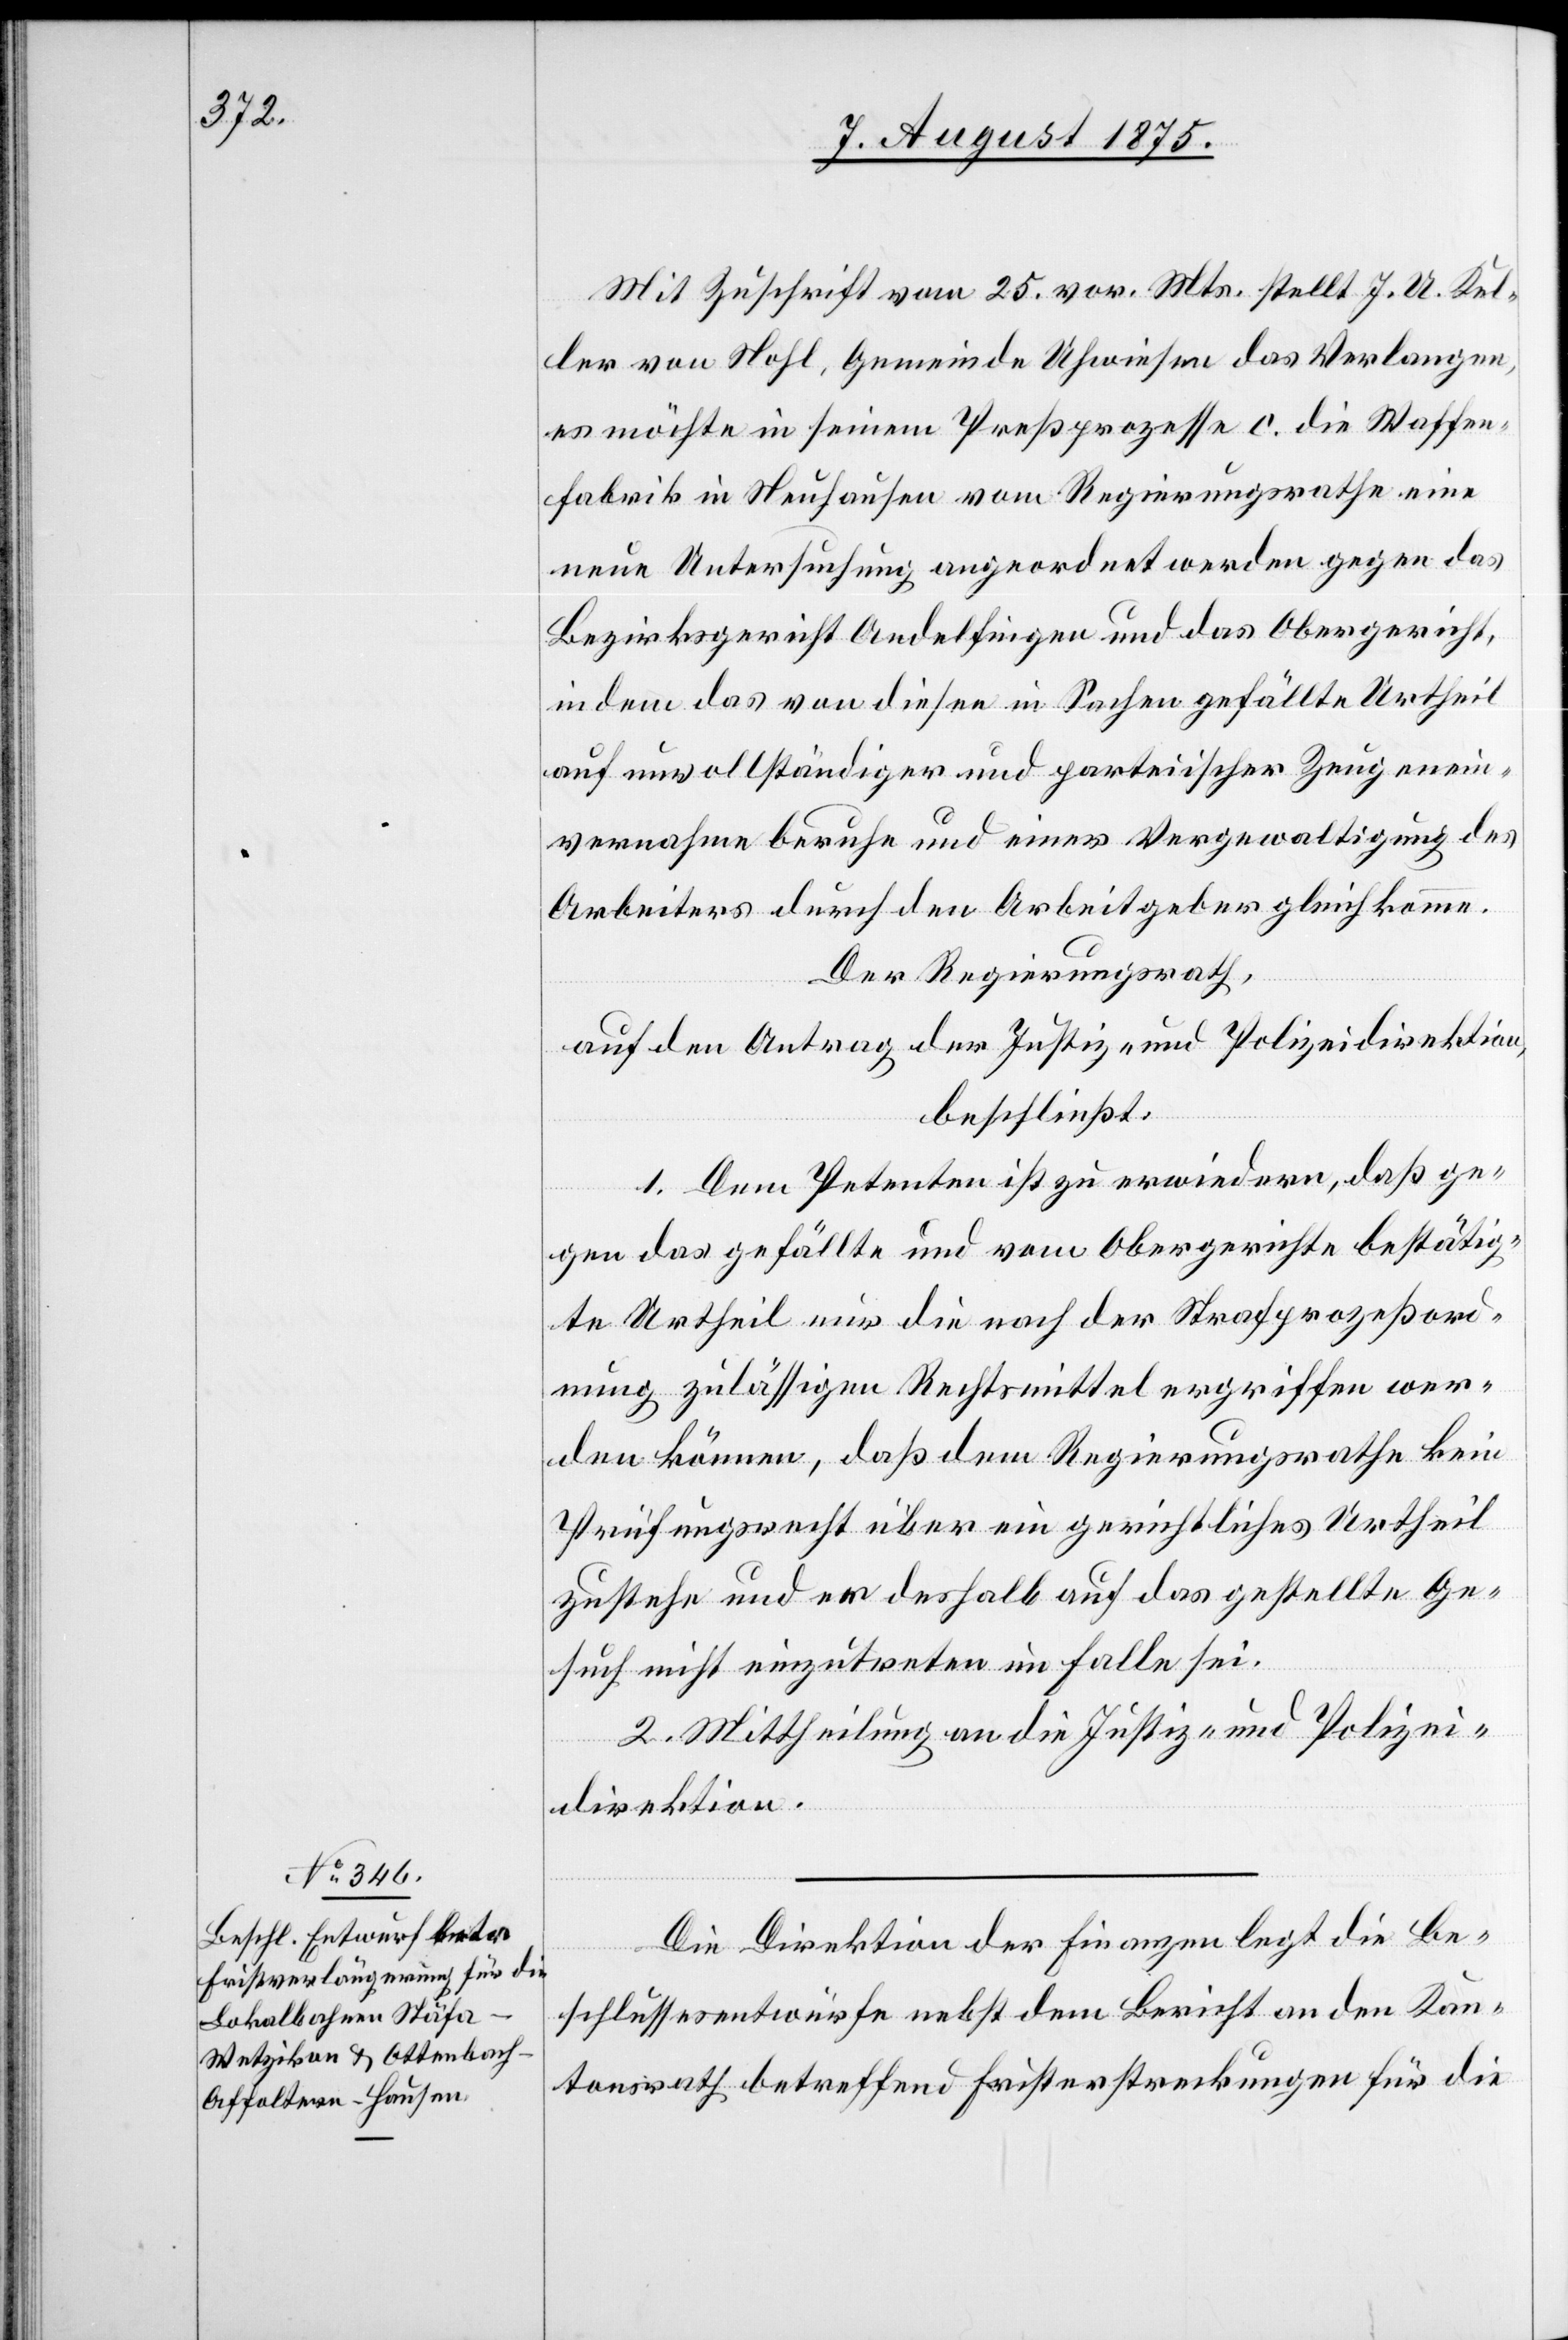
Mit Zuschrift vom 25. vor. Mts. stellt J. U. Kel¬
ler von Hohl, Gemeinde Uhwiesen das Verlangen,
es möchte in seinem Preßprozesse c. die Waffen¬
fabrik in Neuhausen vom Regierungsrathe eine
neue Untersuchung angeordnet werden gegen das
Bezirksgericht Andelfingen und das Obergericht,
in dem das von diesen in Sachen gefällte Urtheil
auf unvollständiger und parteiischer Zeugenein¬
vernahme beruhe und einer Vergewaltigung des
Arbeiters durch den Arbeitgeber gleichkomme.
Der Regierungsrath,
auf den Antrag der Justiz- und Polizeidirektion,
beschließt:
1. Dem Petenten ist zu erwiedern, daß ge¬
gen das gefällte und vom Obergerichte bestätig¬
te Urtheil nur die nach der Strafprozeßord¬
nung zulässigen Rechtsmittel ergriffen wer¬
den können, daß dem Regierungsrathe kein
Prüfungsrecht über ein gerichtliches Urtheil
zustehe und es deshalb auf das gestellte Ge¬
such nicht einzutreten im Falle sei.
2. Mittheilung an die Justiz- und Polizei¬
direktion.
Die Direktion der Finanzen legt die Be¬
schlussesentwürfe nebst dem Bericht an den Kan¬
tonsrath betreffend Fristerstreckungen für die